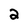
Character: 2